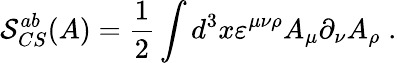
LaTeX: \mathcal{S}_{CS}^{ab}(A)=\frac 12\int d^{3}x\varepsilon^{\mu\nu\rho}A_{\mu}\partial_{\nu}A_{\rho}\; .